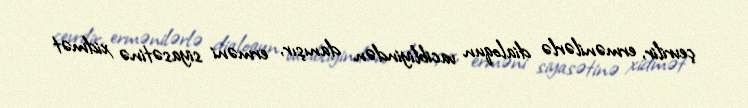
çevrilir, ermənilərlə dialoqun vacibliyindən danışır, erməni siyasətinə xidmət